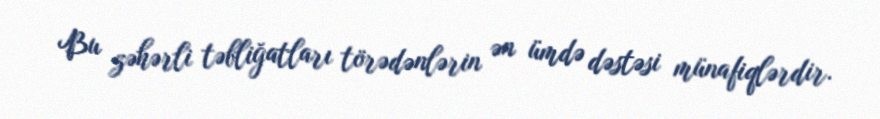
Bu zəhərli təbliğatları törədənlərin ən ümdə dəstəsi münafiqlərdir.